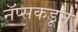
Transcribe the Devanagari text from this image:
नॅप्सकडून